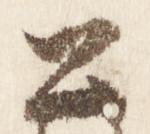
公